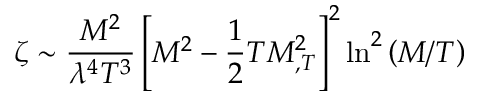
\zeta \sim \frac { M ^ { 2 } } { \lambda ^ { 4 } T ^ { 3 } } \left[ M ^ { 2 } - \frac 1 2 T M _ { , T } ^ { 2 } \right] ^ { 2 } \ln ^ { 2 } \left( M / T \right)